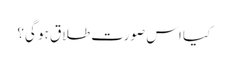
کیا اس صورت طلاق ہو گی؟